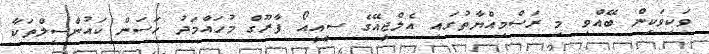
ވަކިވަކިން ބޭއްވި މި ރަސްމިއްޔާތުގައި އެލްޖީއޭގެ ސީއީއޯ ފާރޫގް މުހައްމަދު ހަސަން ކައުންސިލްތަކާ